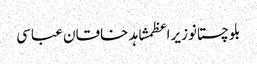
بلوچستانوزیراعظمشاہد خاقان عباسی